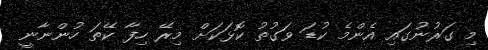
މި ގަރުނުގައި އެންމެ ކުޑަ ވަގުތު ކޮޅަކަށް މިރޭ ހިފާ ކޭތަ ހުންނާނީ